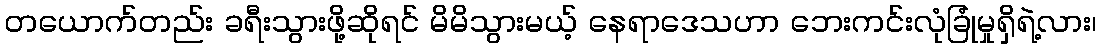
တယောက်တည်း ခရီးသွားဖို့ဆိုရင် မိမိသွားမယ့် နေရာဒေသဟာ ဘေးကင်းလုံခြုံမှုရှိရဲ့လား၊